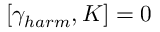
[ \gamma _ { h a r m } , K ] = 0